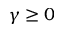
\gamma \geq 0